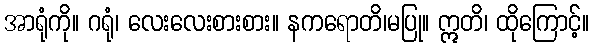
အာရုံကို။ ဂရုံ၊ လေးလေးစားစား။ နကရောတိ၊မပြု။ ဣတိ၊ ထိုကြောင့်။